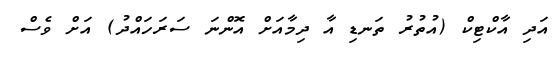
އަދި އާކްޓިކް (އުތުރު ތަނޑި އާ ދިމާއަށް އޮންނަ ސަރަހައްދު) އަށް ވެސް